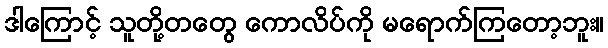
ဒါကြောင့် သူတို့တတွေ ကောလိပ်ကို မရောက်ကြတော့ဘူး။